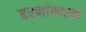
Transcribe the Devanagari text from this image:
हरणांसारखे